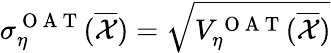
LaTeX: \sigma_{\eta}^{\mathrm{~O~A~T~}}(\overline{{\mathcal{X}}})=\sqrt{V_{\eta}^{\mathrm{~O~A~T~}}(\overline{{\mathcal{X}}})}